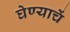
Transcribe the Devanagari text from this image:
घेण्याचें